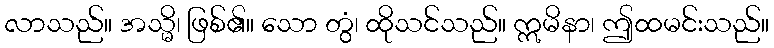
လာသည်။ အသ္မိ၊ ဖြစ်၏။ သော တွံ၊ ထိုသင်သည်။ ဣမိနာ၊ ဤထမင်းသည်။